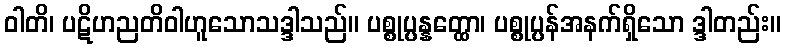
ဝါတိ၊ ပဋိဟညတိဝါဟူသောသဒ္ဒါသည်။ ပစ္စုပ္ပန္နတ္ထော၊ ပစ္စုပ္ပန်အနက်ရှိသော ဒ္ဒါတည်း။